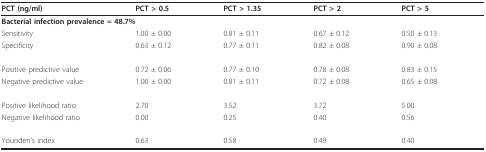
<table><thead><tr><td><b>PCT (ng/ml)</b></td><td><b>PCT &gt; 0.5</b></td><td><b>PCT &gt; 1.35</b></td><td><b>PCT &gt; 2</b></td><td><b>PCT &gt; 5</b></td></tr></thead><tbody><tr><td colspan="5"><b>Bacterial infection prevalence = 48.7%</b></td></tr><tr><td>Sensitivity</td><td>1.00 ± 0.00</td><td>0.81 ± 0.11</td><td>0.67 ± 0.12</td><td>0.50 ± 0.13</td></tr><tr><td>Specificity</td><td>0.63 ± 0.12</td><td>0.77 ± 0.11</td><td>0.82 ± 0.08</td><td>0.90 ± 0.08</td></tr><tr><td>Positive predictive value</td><td>0.72 ± 0.06</td><td>0.77 ± 0.10</td><td>0.78 ± 0.08</td><td>0.83 ± 0.15</td></tr><tr><td>Negative predictive value</td><td>1.00 ± 0.00</td><td>0.81 ± 0.11</td><td>0.72 ± 0.08</td><td>0.65 ± 0.08</td></tr><tr><td>Positive likelihood ratio</td><td>2.70</td><td>3.52</td><td>3.72</td><td>5.00</td></tr><tr><td>Negative likelihood ratio</td><td>0.00</td><td>0.25</td><td>0.40</td><td>0.56</td></tr><tr><td>Younden&#x27;s index</td><td>0.63</td><td>0.58</td><td>0.49</td><td>0.40</td></tr></tbody></table>